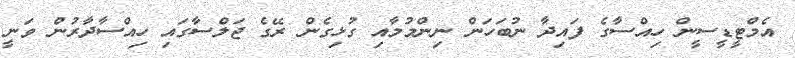
އެމްޓީޑީސީން ހިއްސާގެ ފައިދާ ނުބަހަން ނިންމުމާއި ގުޅިގެން ރޭގެ ޖަލްސާގައި ހިއްސާދާރުން ވަނީ